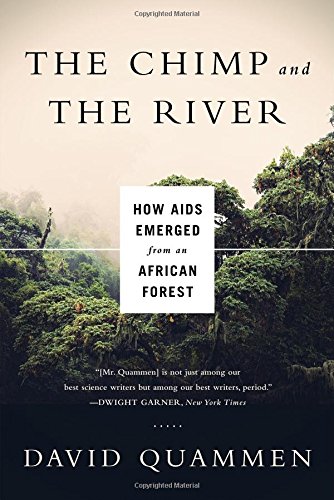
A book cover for The Chimp and the River: How AIDS Emerged from an African Forest; David Quammen; Medical Books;